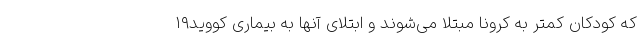
که کودکان کمتر به کرونا مبتلا می‌شوند و ابتلای آنها به بیماری کووید۱۹